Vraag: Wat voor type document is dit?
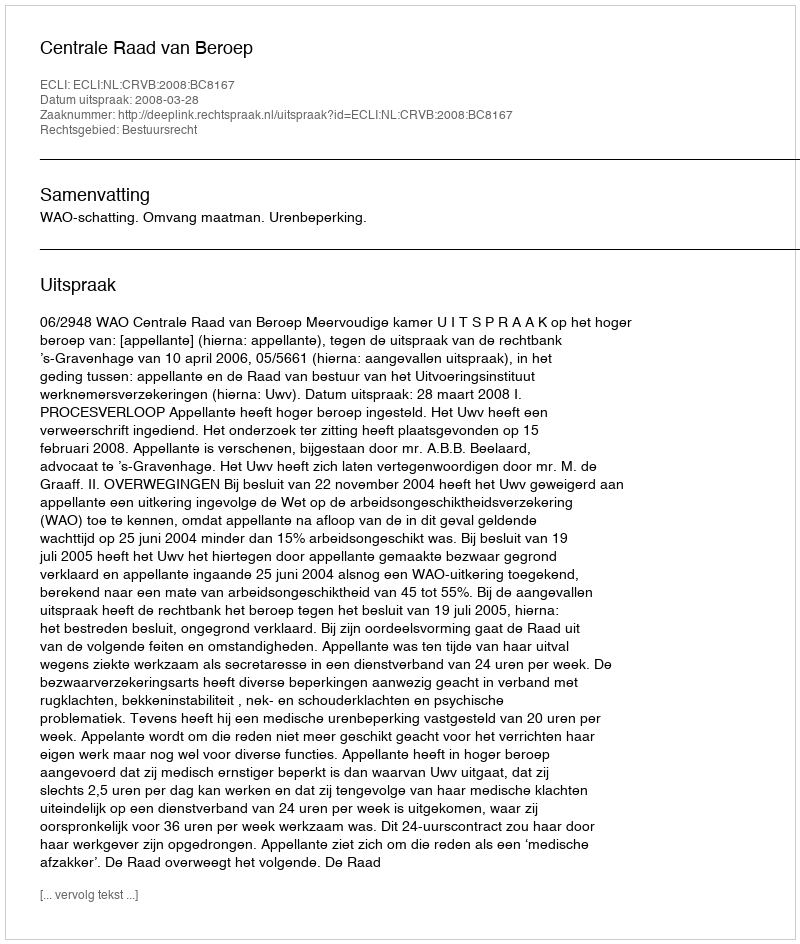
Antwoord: Uitspraak